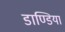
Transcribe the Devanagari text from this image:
डाण्डिया